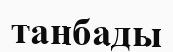
танбады